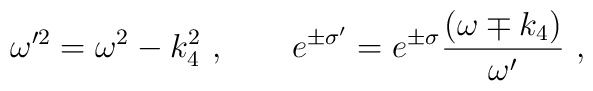
\omega'^2= \omega^2- k_4^2 \ , \qquad e^{\pm \sigma'}=e^{\pm \sigma} {(\omega \mp k_4)\over \omega'}\ ,